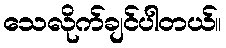
သေလိုက်ချင်ပါတယ်။